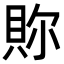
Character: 𧵉